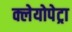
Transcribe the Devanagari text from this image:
क्लेयोपेट्रा